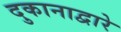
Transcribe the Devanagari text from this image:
दुकानाद्वारे